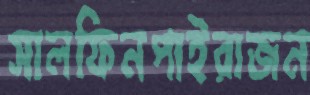
সালফিনপাইরাজন